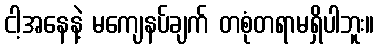
ငါ့အနေနဲ့ မကျေနပ်ချက် တစုံတရာမရှိပါဘူး။